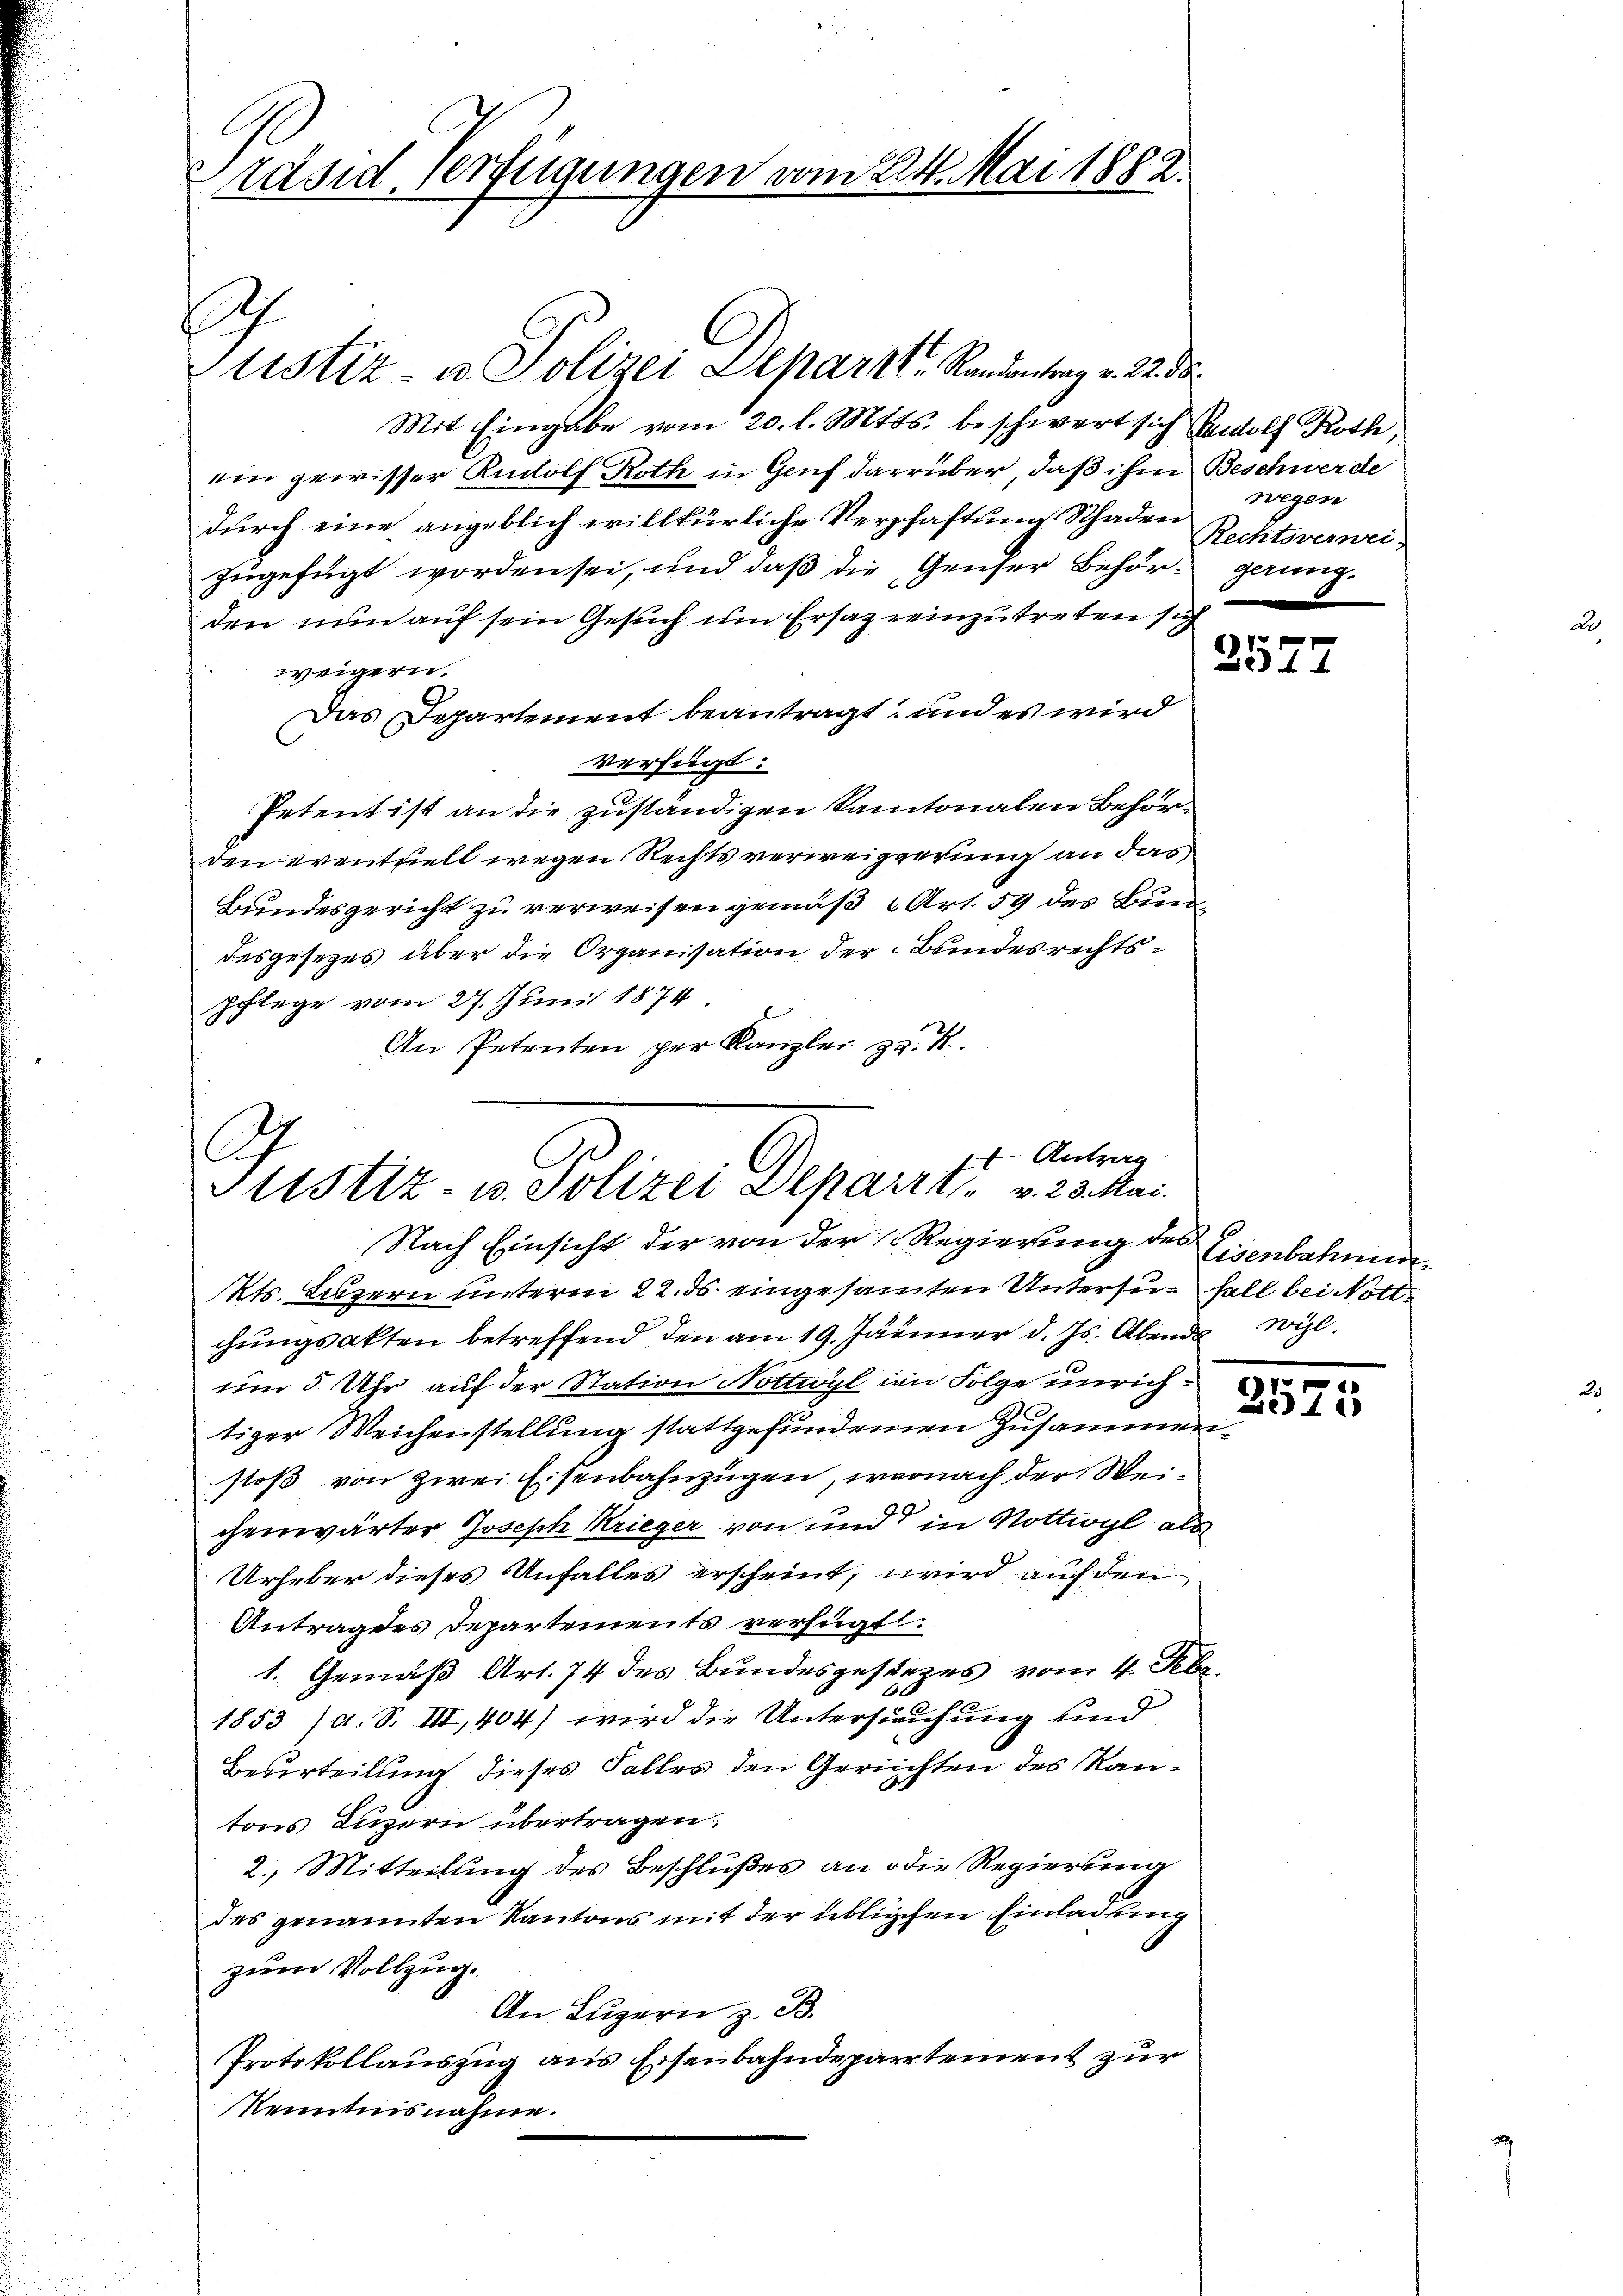
Präsid verfügungen vom 224. Mai 1882.

Justiz- u. Polizei Separt Randantrag v. 22. ds.
Mit Eingabe vom 20. l. Mtts. beschwert sich Wolf Roth,
ein gewisser Rudolf Roth in Genf darüber, daß ihm Beschwerde
durch eine angeblich willkürliche Verschaftung Schaden
zugefügt worden sei, und daß die Genfer Behörden nun auf sein Gesuch um Ersaz reinzutreten sich
weigern.
Das Departement beantragt, und es wird
verfügt:
Petent ist an die zuständigen Kantonalen Behörden eventuell wegen Rechtsverweiggerung an das
Bundesgericht zu verweisen gemäß Art. 59 des Bundesgesezes über die Organisation der Bundesrechtspflege vom 27. Juni 1874.
An Petenten per Kanzlei zu. K

E

G
1 Antrag
Justiz- u. Polizei Depart v. 23. Mai.
Nach Einsicht der von der Regierung des Eisenbahnun¬

Kts. Luzern unterm 22. ds. eingesamten Untersu- Fall bei Nottchungsakten betreffend den am 19. Jänner d. Js. Abend Wilum 5 Uhr auf der Station Nottwyl im Folge unrich
tiger Weichenstellung stattgefundenen Zusammenstoß von zwei Eisenbahnzügen, warnach der Weichenwärter Joseph Krieger von und in Nottwyl als
Urheber dieses Unfalles erscheint, wird auf den
Antrages Departements verfügt:
1. Gemäß Art. 74 des Bundesgesetzes vom 4. Febr.
1853 /d. S. III, 404) wird die Untersuchung und
Beurteilung dieses Falles den Gerichten des Rautons Luzern übertragen.
2. Mitteilung des Beschlußes an die Regierung
des genannten Kantons mit der üblichen Einladung
zum Vollzug.
An Luzern z. B.
Protokollauszug aus Eisenbahndepartement zur
Kenntnisnahme.

wegen
Rechtsverwei-
gerung.
.

P

2573